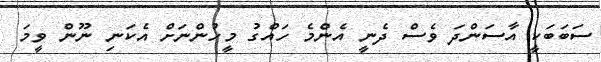
ސަބަބަކީ އާސަންދަ ވެސް ދެނީ އެންމެ ހައްގު މީހުންނަށް އެކަނި ނޫން ވީމަ